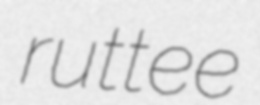
ruttee